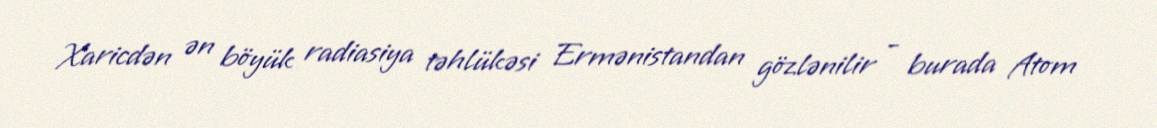
Xaricdən ən böyük radiasiya təhlükəsi Ermənistandan gözlənilir - burada Atom